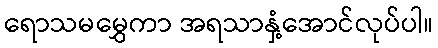
ရောသမမွှေကာ အရသာနှံ့အောင်လုပ်ပါ။